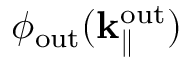
\phi _ { \mathrm { o u t } } ( \bf k _ { \parallel } ^ { \mathrm { o u t } } )